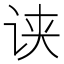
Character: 𰵢